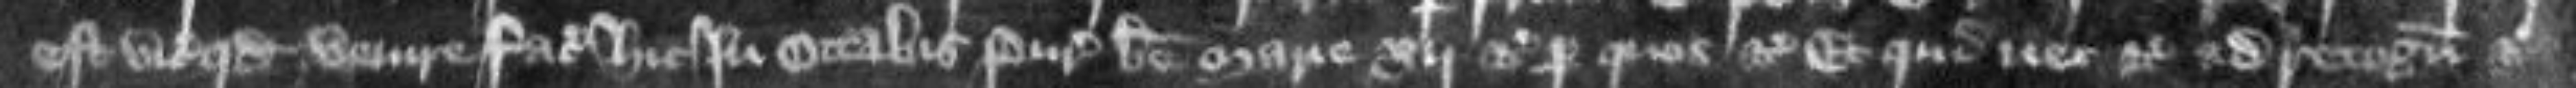
est vicecomiti quod venire faciat hic in octabis Purificationis Beate Marie xij etc per quos etc et qui nec etc ad recognoscendum etc